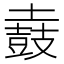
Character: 𪔌